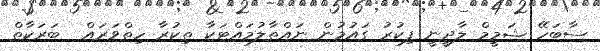
ސާބަހޭ ޝަމީމް ލާދީނީ ފިކުރު ގައުމުން ނައްތާލުމައްޓަކާ ތިކުރާ ހިތްވަރައް  ބަރަކާތް